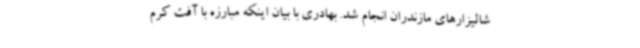
شالیزارهای مازندران انجام شد. بهادری با بیان اینکه مبارزه با آفت کرم